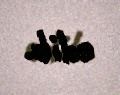
edib.